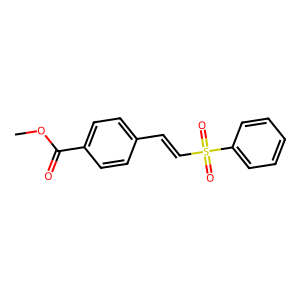
SMILES: COC(=O)c1ccc(C=CS(=O)(=O)c2ccccc2)cc1
Inhibits HIV replication: No